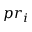
p r _ { i }